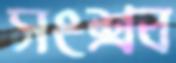
সংশ্রব